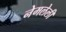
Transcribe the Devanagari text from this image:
नेमलेली